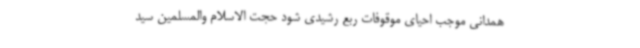
همدانی موجب احیای موقوفات ربع رشیدی شود حجت الاسلام والمسلمین سید